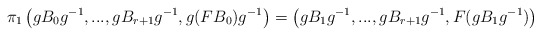
\begin{align*}\pi_1\left(gB_0g^{-1},...,gB_{r+1}g^{-1}, g(FB_0)g^{-1}\right)=\left(gB_1g^{-1},...,gB_{r+1}g^{-1}, F(gB_1g^{-1})\right)\end{align*}